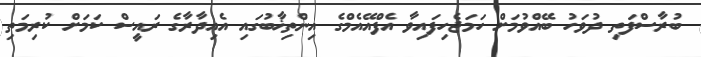
ބުރާސްފަތި ދުވަހު ބޭއްވުމަށް ހަމަޖެހިފައިވާ އެފްއޭއެމްގެ އިންތިޚާބުގައި އެއިދާރާގެ ރައީސް ކަމަށް ކުރިމަތި